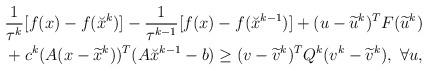
LaTeX: \begin{align*}\begin{aligned}&\frac{1}{\tau^k}[f(x)-f(\breve{x}^{k})]-\frac{1}{\tau^{k-1}}[f(x)-f(\breve{x}^{k-1})]+(u-\widetilde{u}^k)^TF(\widetilde{u}^k)\\&+c^k(A(x-\widetilde{x}^k))^T(A\breve{x}^{k-1}-b)\geq(v-\widetilde{v}^k)^TQ^k(v^k-\widetilde{v}^k),~\forall u,\end{aligned}\end{align*}